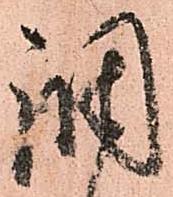
調